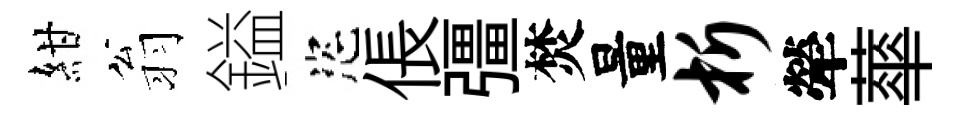
紺翁鎰恣倀彊焚量析犖蕐